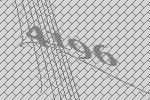
4196